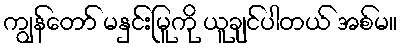
ကျွန်တော် မနှင်းမြူကို ယူချင်ပါတယ် အစ်မ။